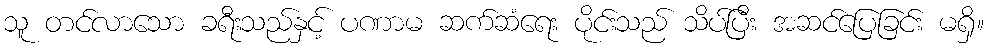
သူ တင်လာသော ခရီးသည်နှင့် ပဏာမ ဆက်ဆံရေး ပိုင်းသည် သိပ်ပြီး အဆင်ပြေခြင်း မရှိ။